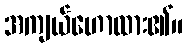
အကျယ်ဟောထား၏။